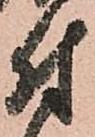
付